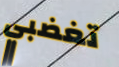
تغضبي